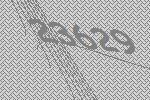
23629